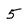
Character: 5